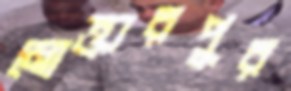
মোক্তারপুর